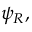
\psi _ { R } ,